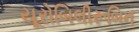
યૂરોબિલીરૂબિન